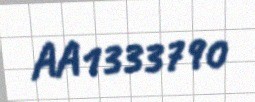
AA1333790